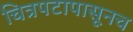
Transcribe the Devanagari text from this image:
चित्रपटापासूनच